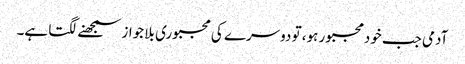
آدمی جب خودمجبور ہو، تو دوسرے کی مجبوری بلا جواز سمجھنے لگتا ہے۔